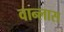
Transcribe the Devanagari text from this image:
वान्लास